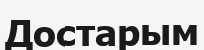
Достарым